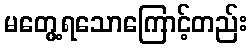
မတွေ့ရသောကြောင့်တည်း